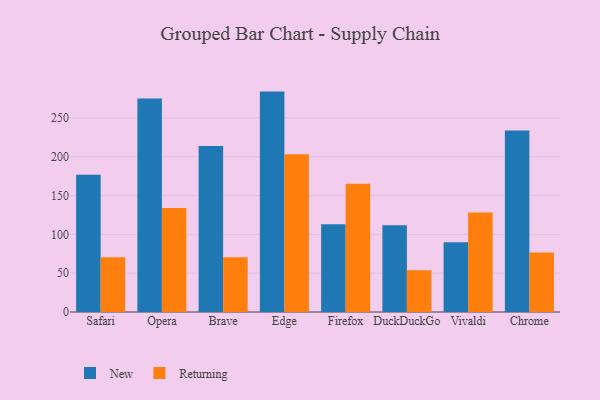
{"axis": {"x": "Browser", "y": "Demand Index"}, "legend": ["New", "Returning"], "data": [{"x": "Safari", "y": 177.0, "type": "New"}, {"x": "Safari", "y": 70.4, "type": "Returning"}, {"x": "Opera", "y": 275.0, "type": "New"}, {"x": "Opera", "y": 133.9, "type": "Returning"}, {"x": "Brave", "y": 213.9, "type": "New"}, {"x": "Brave", "y": 70.6, "type": "Returning"}, {"x": "Edge", "y": 284.0, "type": "New"}, {"x": "Edge", "y": 203.2, "type": "Returning"}, {"x": "Firefox", "y": 113.1, "type": "New"}, {"x": "Firefox", "y": 165.3, "type": "Returning"}, {"x": "DuckDuckGo", "y": 111.9, "type": "New"}, {"x": "DuckDuckGo", "y": 53.9, "type": "Returning"}, {"x": "Vivaldi", "y": 89.9, "type": "New"}, {"x": "Vivaldi", "y": 128.1, "type": "Returning"}, {"x": "Chrome", "y": 233.8, "type": "New"}, {"x": "Chrome", "y": 76.6, "type": "Returning"}]}